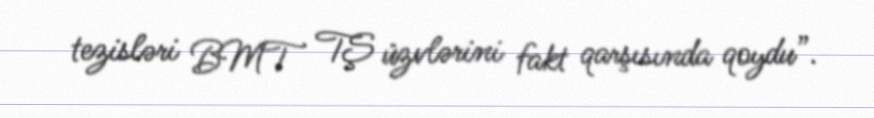
tezisləri BMT TŞ üzvlərini fakt qarşısında qoydu”.